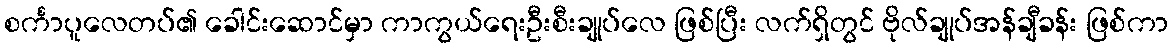
စင်္ကာပူလေတပ်၏ ခေါင်းဆောင်မှာ ကာကွယ်ရေးဦးစီးချုပ်လေ ဖြစ်ပြီး လက်ရှိတွင် ဗိုလ်ချုပ်အန်ချီခန်း ဖြစ်ကာ